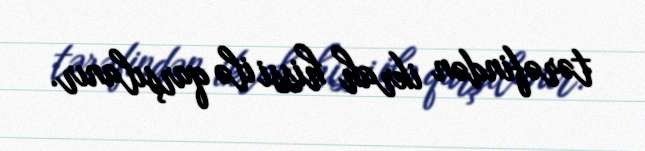
tərəfindən ikrah hissi ilə qarşılanır.